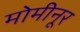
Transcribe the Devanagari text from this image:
मोमीनूर